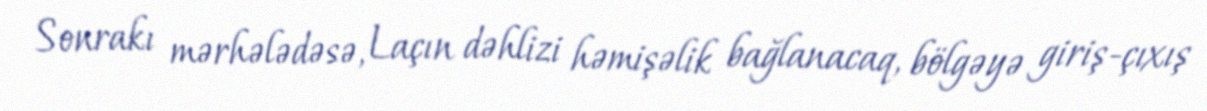
Sonrakı mərhələdəsə, Laçın dəhlizi həmişəlik bağlanacaq, bölgəyə giriş-çıxış